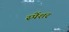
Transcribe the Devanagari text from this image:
स्पेंशर